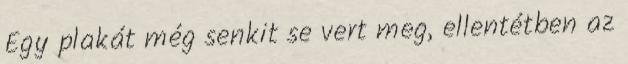
Egy plakát még senkit se vert meg, ellentétben az